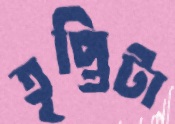
তৃপ্তিটা